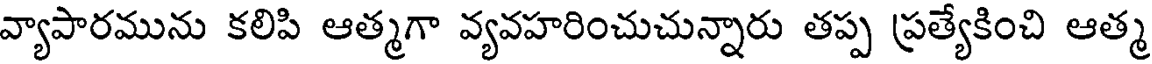
వ్యాపారమును కలిపి ఆత్మగా వ్యవహరించుచున్నారు తప్ప ప్రత్యేకించి ఆత్మ